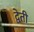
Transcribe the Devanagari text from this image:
द्वेती